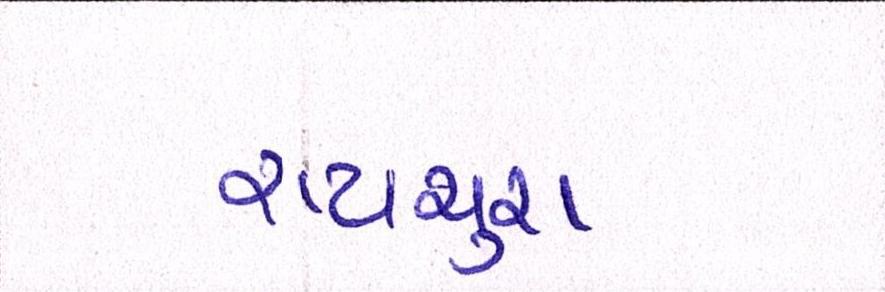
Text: રાયચુરા